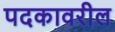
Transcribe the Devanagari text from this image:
पदकावरील